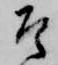
そ